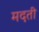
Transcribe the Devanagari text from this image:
मदती